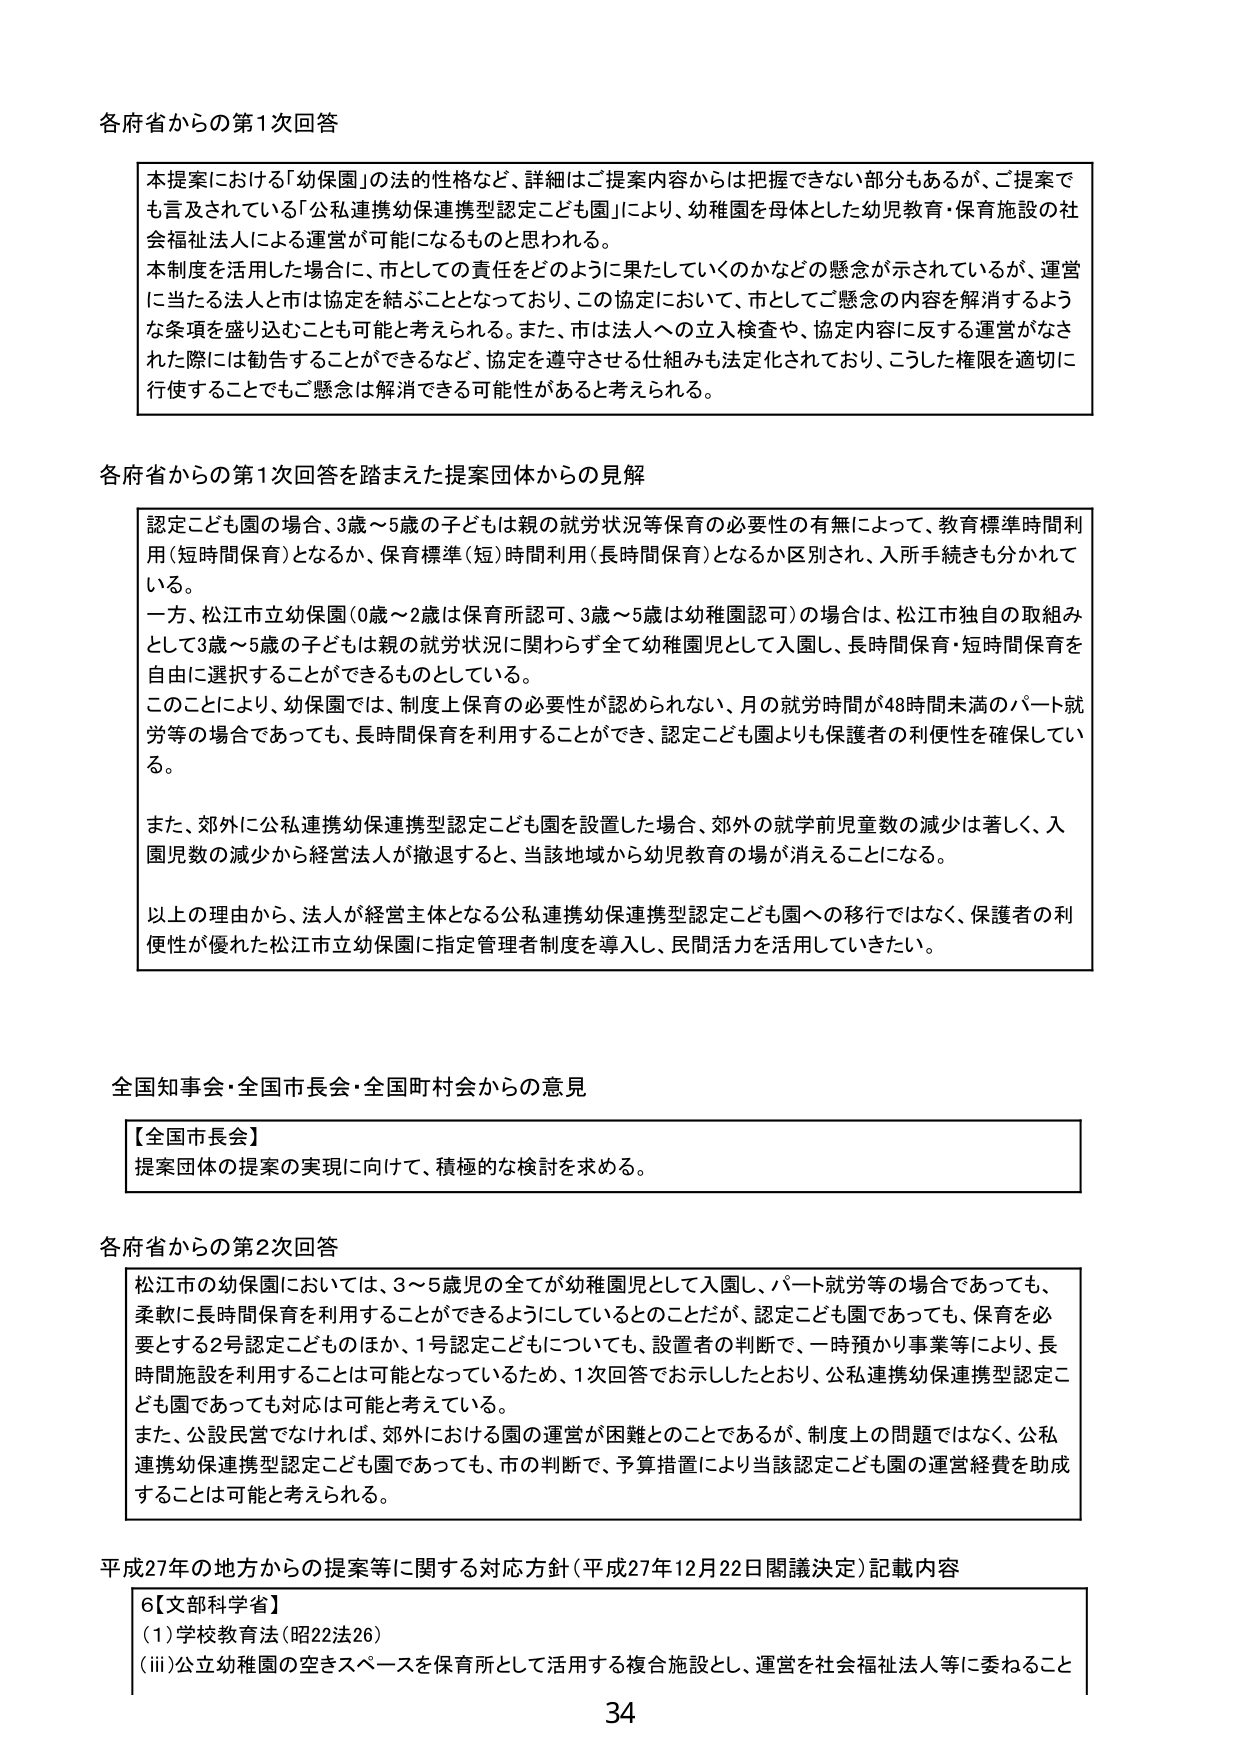
各府省からの第1次回答

本提案における「幼保園」の法的性格など、詳細はご提案内容からは把握できない部分もあるが、ご提案でも言及されている「公私連携幼保連携型認定こども園」により、幼稚園を母体とした幼児教育・保育施設の社会福祉法人による運営が可能になるものと思われる。
本制度を活用した場合に、市としての責任をどのように果たしていくのかなどの懸念が示されているが、運営に当たる法人と市は協定を結ぶこととなっており、この協定において、市としてご懸念の内容を解消するような条項を盛り込むことも可能と考えられる。また、市は法人への立入検査や、協定内容に反する運営がなされた際には勧告することができるなど、協定を遵守させる仕組みも法定化されており、こうした権限を適切に行使することでもご懸念は解消できる可能性があると考えられる。

各府省からの第1次回答を踏まえた提案団体からの見解

認定こども園の場合、3歳～5歳の子どもは親の就労状況等保育の必要性の有無によって、教育標準時間利用（短時間保育）となるか、保育標準（短）時間利用（長時間保育）となるか区別され、入所手続きも分かれている。
一方、松江市立幼保園（0歳～2歳は保育所認可、3歳～5歳は幼稚園認可）の場合は、松江市独自の取組みとして3歳～5歳の子どもは親の就労状況に関わらず全て幼稚園児として入園し、長時間保育・短時間保育を自由に選択することができるものとしている。
このことにより、幼保園では、制度上保育の必要性が認められない、月の就労時間が48時間未満のパート就労等の場合であっても、長時間保育を利用することができ、認定こども園よりも保護者の利便性を確保している。
また、郊外に公私連携幼保連携型認定こども園を設置した場合、郊外の就学前児童数の減少は著しく、入園児数の減少から経営法人が撤退すると、当該地域から幼児教育の場が消えることになる。
以上の理由から、法人が経営主体となる公私連携幼保連携型認定こども園への移行ではなく、保護者の利便性が優れた松江市立幼保園に指定管理者制度を導入し、民間活力を活用していきたい。

全国知事会・全国市長会・全国町村会からの意見

【全国市長会】
提案団体の提案の実現に向けて、積極的な検討を求める。

各府省からの第2次回答

松江市の幼保園においては、3～5歳児の全てが幼稚園児として入園し、パート就労等の場合であっても、柔軟に長時間保育を利用することができるようにしているとのことだが、認定こども園であっても、保育を必要とする2号認定こどものほか、1号認定こどもについても、設置者の判断で、一時預かり事業等により、長時間施設を利用することは可能となっているため、1次回答でお示ししたとおり、公私連携幼保連携型認定こども園であっても対応は可能と考えている。
また、公設民営でなければ、郊外における園の運営が困難とのことであるが、制度上の問題ではなく、公私連携幼保連携型認定こども園であっても、市の判断で、予算措置により当該認定こども園の運営経費を助成することは可能と考えられる。

平成27年の地方からの提案等に関する対応方針（平成27年12月22日閣議決定）記載内容

6【文部科学省】
(1)学校教育法（昭22法26）
(iii)公立幼稚園の空きスペースを保育所として活用する複合施設とし、運営を社会福祉法人等に委ねること

34